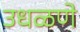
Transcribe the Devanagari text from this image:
उधळणे